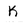
Character: k